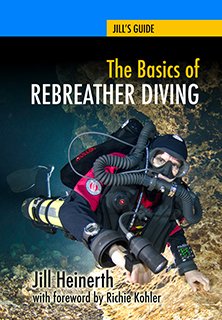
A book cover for The Basics of Rebreather Diving; Jill Heinerth; Sports & Outdoors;